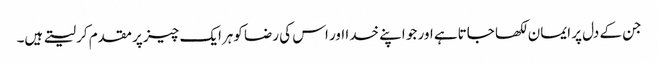
جن کے دل پر ایمان لکھا جاتاہے اور جو اپنے خدا اور اس کی رضا کوہرایک چیز پر مقدم کر لیتے ہیں۔